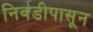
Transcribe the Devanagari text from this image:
निवडीपासून